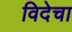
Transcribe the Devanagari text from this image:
विदेचा